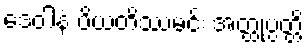
ဒေဝါနံ ပိယတိဿမင်း အတ္ထုပ္ပတ္တိ